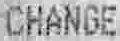
CHANGE